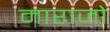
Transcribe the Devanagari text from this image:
माराजो